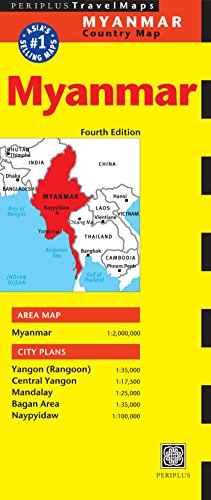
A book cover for Myanmar Travel Map Fourth Edition (Periplus Travel Maps); Travel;